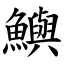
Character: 鱮